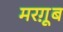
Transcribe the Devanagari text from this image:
मरग़ूूब